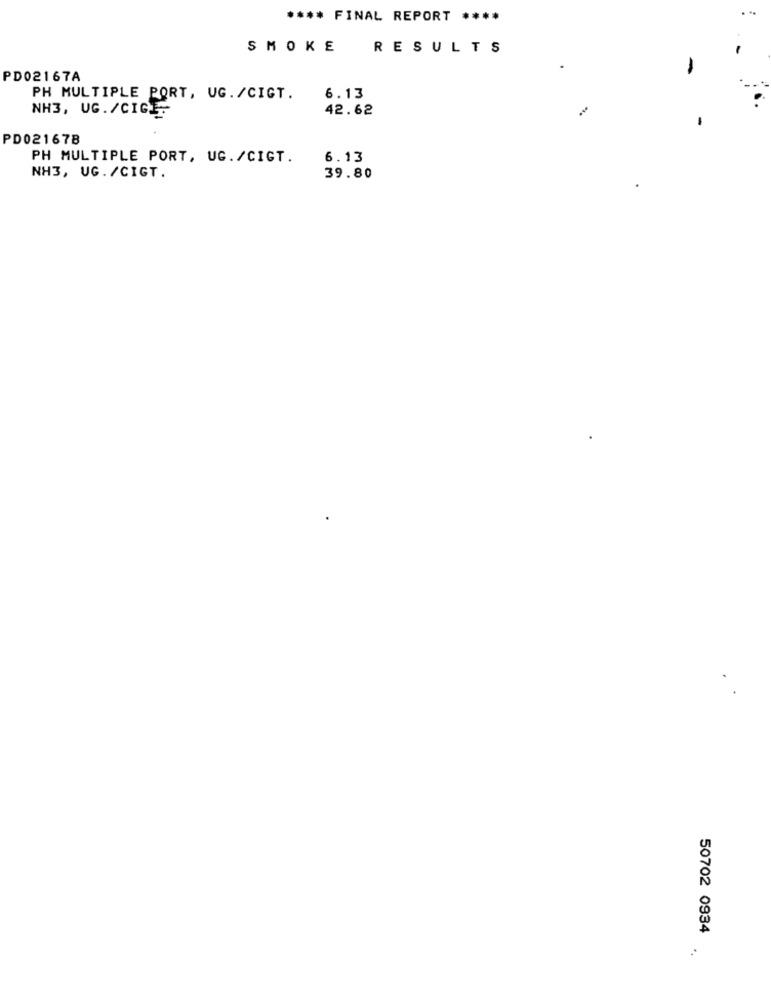
**** FINAL REPORT ****
SMOKE
RESULTS
PD02167A
PH MULTIPLE PORT, UG. /CIGT.
6.13
NH3, UG./CIG
42.62
PD021678
PH MULTIPLE PORT, UG./CIGT.
6.13
NH3, UG. /CIGT.
39.80
50702 0934
..